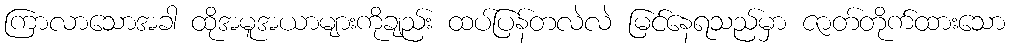
ကြာလာသောအခါ ထိုအမူအယာများကိုချည်း ထပ်ပြန်တလဲလဲ မြင်နေရသည်မှာ ဇာတ်တိုက်ထားသော